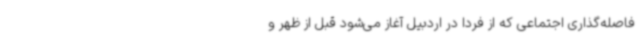
فاصله‌گذاری اجتماعی که از فردا در اردبیل آغاز می‌شود قبل از ظهر و